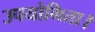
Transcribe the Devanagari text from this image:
उपयोगिता।